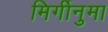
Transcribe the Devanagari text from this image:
मिर्गीनुमा